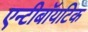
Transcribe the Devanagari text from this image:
एन्टीबॉयटिक